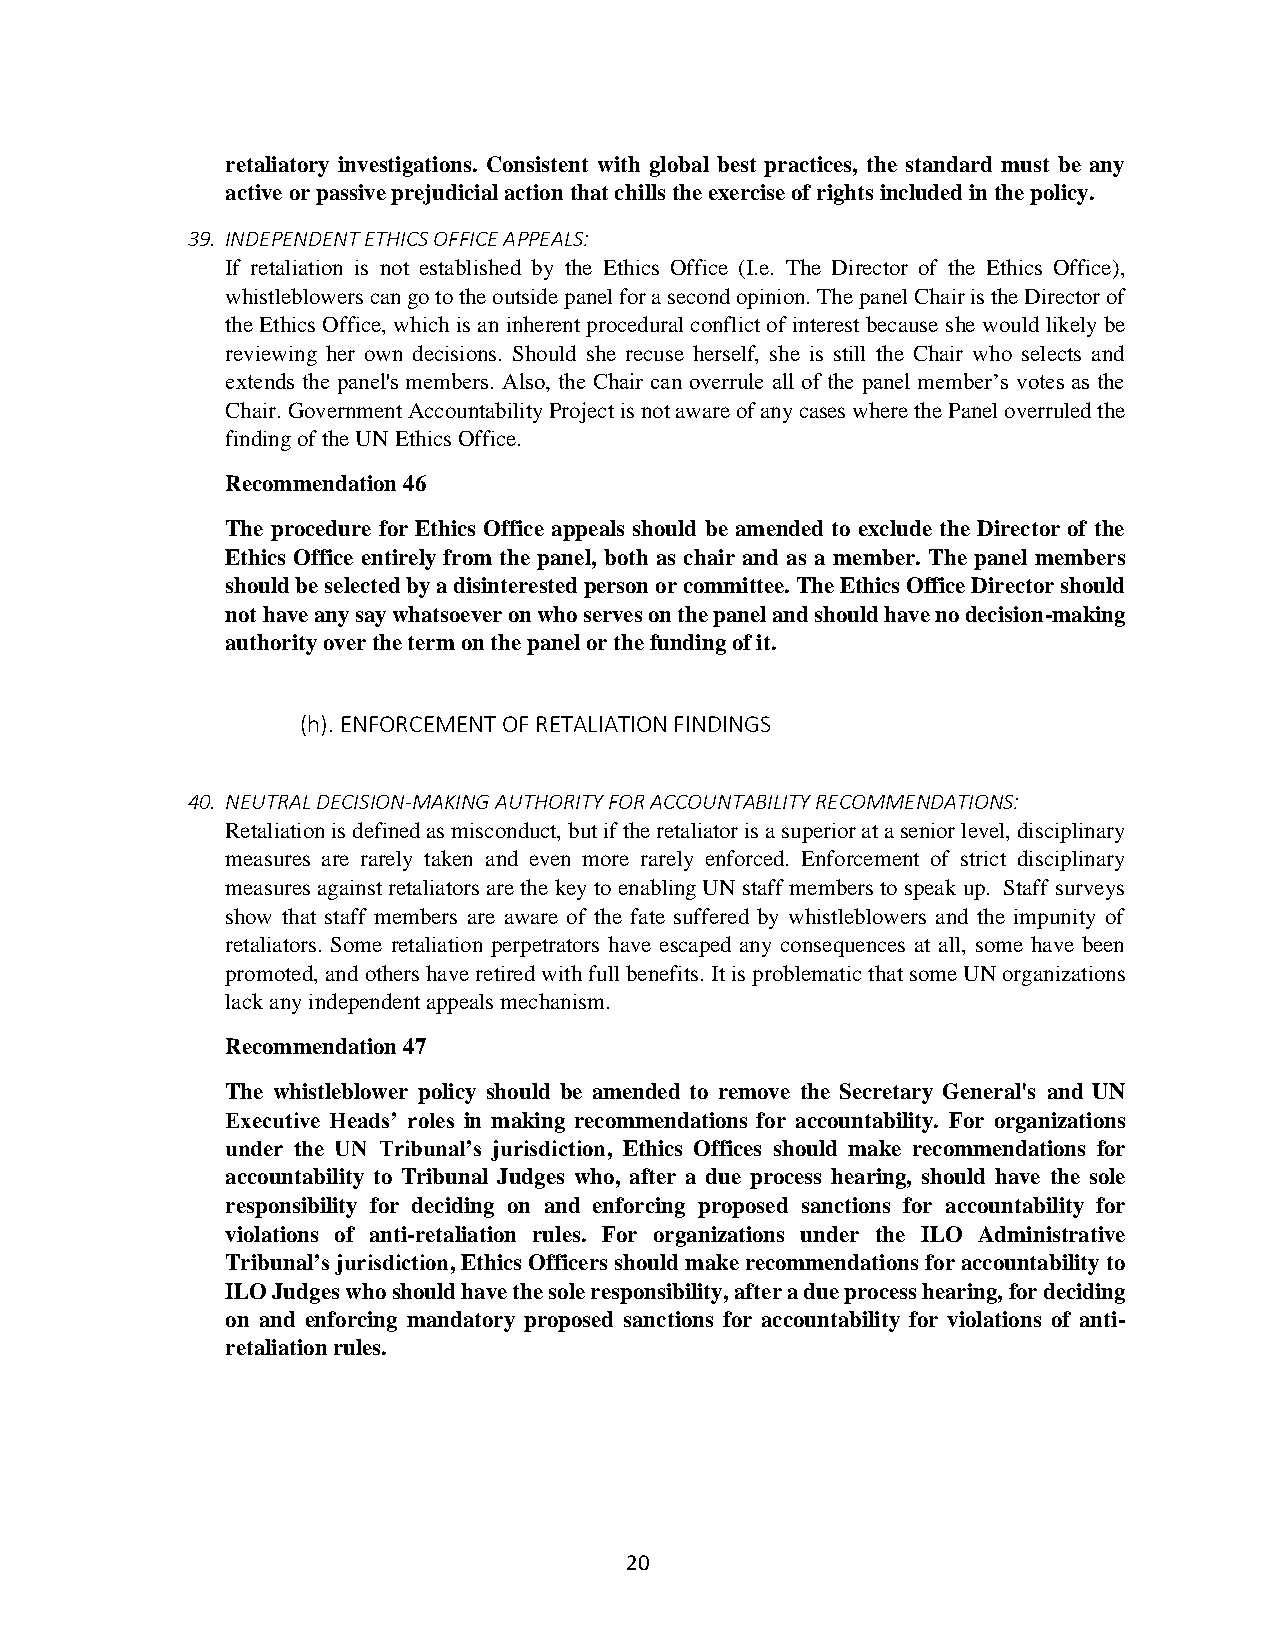
retaliatory investigations. Consistent with global best practices, the standard must be any
 active or passive prejudicial action that chills the exercise of rights included in the policy.
 39. INDEPENDENT ETHICS OFFICE APPEALS:
 If retaliation is not established by the Ethics Office (I.e. The Director of the Ethics Office),
 whistleblowers can go to the outside panel for a second opinion. The panel Chair is the Director of
 the Ethics Office, which is an inherent procedural conflict of interest because she would likely be
 reviewing her own decisions. Should she recuse herself, she is still the Chair who selects and
 extends the panel's members. Also, the Chair can overrule all of the panel member’s votes as the
 Chair. Government Accountability Project is not aware of any cases where the Panel overruled the
 finding of the UN Ethics Office.
 Recommendation 46
 The procedure for Ethics Office appeals should be amended to exclude the Director of the
 Ethics Office entirely from the panel, both as chair and as a member. The panel members
 should be selected by a disinterested person or committee. The Ethics Office Director should
 not have any say whatsoever on who serves on the panel and should have no decision-making
 authority over the term on the panel or the funding of it.
 (h). ENFORCEMENT OF RETALIATION FINDINGS
 40. NEUTRAL DECISION-MAKING AUTHORITY FOR ACCOUNTABILITY RECOMMENDATIONS:
 Retaliation is defined as misconduct, but if the retaliator is a superior at a senior level, disciplinary
 measures are rarely taken and even more rarely enforced. Enforcement of strict disciplinary
 measures against retaliators are the key to enabling UN staff members to speak up. Staff surveys
 show that staff members are aware of the fate suffered by whistleblowers and the impunity of
 retaliators. Some retaliation perpetrators have escaped any consequences at all, some have been
 promoted, and others have retired with full benefits. It is problematic that some UN organizations
 lack any independent appeals mechanism.
 Recommendation 47
 The whistleblower policy should be amended to remove the Secretary General's and UN
 Executive Heads’ roles in making recommendations for accountability. For organizations
 under the UN Tribunal’s jurisdiction, Ethics Offices should make recommendations for
 accountability to Tribunal Judges who, after a due process hearing, should have the sole
 responsibility for deciding on and enforcing proposed sanctions for accountability for
 violations of anti-retaliation rules. For organizations under the ILO Administrative
 Tribunal’s jurisdiction, Ethics Officers should make recommendations for accountability to
 ILO Judges who should have the sole responsibility, after a due process hearing, for deciding
 on and enforcing mandatory proposed sanctions for accountability for violations of anti-
 retaliation rules.
 20